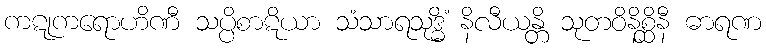
ကဋုကရောဟိဏီ သပ္ပိစာဋိယာ သံသာရသုဒ္ဓိံ နိလီယန္တိ သုတဝိနိစ္ဆိနီ ဓာရဏ